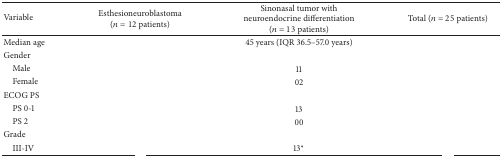
<table><thead><tr><td><b>Variable</b></td><td><b>Esthesioneuroblastoma(<i>n</i> = 12 patients)</b></td><td><b>Sinonasal tumor with neuroendocrine differentiation (<i>n</i> = 13 patients)</b></td><td><b>Total (<i>n</i> = 25 patients)</b></td></tr></thead><tbody><tr><td>Median age</td><td>[EMPTY_CELL]</td><td>45 years (IQR 36.5–57.0 years)</td><td>[EMPTY_CELL]</td></tr><tr><td>Gender</td><td>[EMPTY_CELL]</td><td>[EMPTY_CELL]</td><td>[EMPTY_CELL]</td></tr><tr><td> Male</td><td>[EMPTY_CELL]</td><td>11</td><td>[EMPTY_CELL]</td></tr><tr><td> Female</td><td>[EMPTY_CELL]</td><td> 02</td><td>[EMPTY_CELL]</td></tr><tr><td>ECOG PS</td><td>[EMPTY_CELL]</td><td>[EMPTY_CELL]</td><td>[EMPTY_CELL]</td></tr><tr><td> PS 0-1</td><td>[EMPTY_CELL]</td><td>13</td><td>[EMPTY_CELL]</td></tr><tr><td> PS 2 </td><td>[EMPTY_CELL]</td><td>00</td><td>[EMPTY_CELL]</td></tr><tr><td>Grade </td><td>[EMPTY_CELL]</td><td>[EMPTY_CELL]</td><td>[EMPTY_CELL]</td></tr><tr><td> III-IV</td><td>[EMPTY_CELL]</td><td>13<sup><i>∗</i></sup></td><td>[EMPTY_CELL]</td></tr></tbody></table>